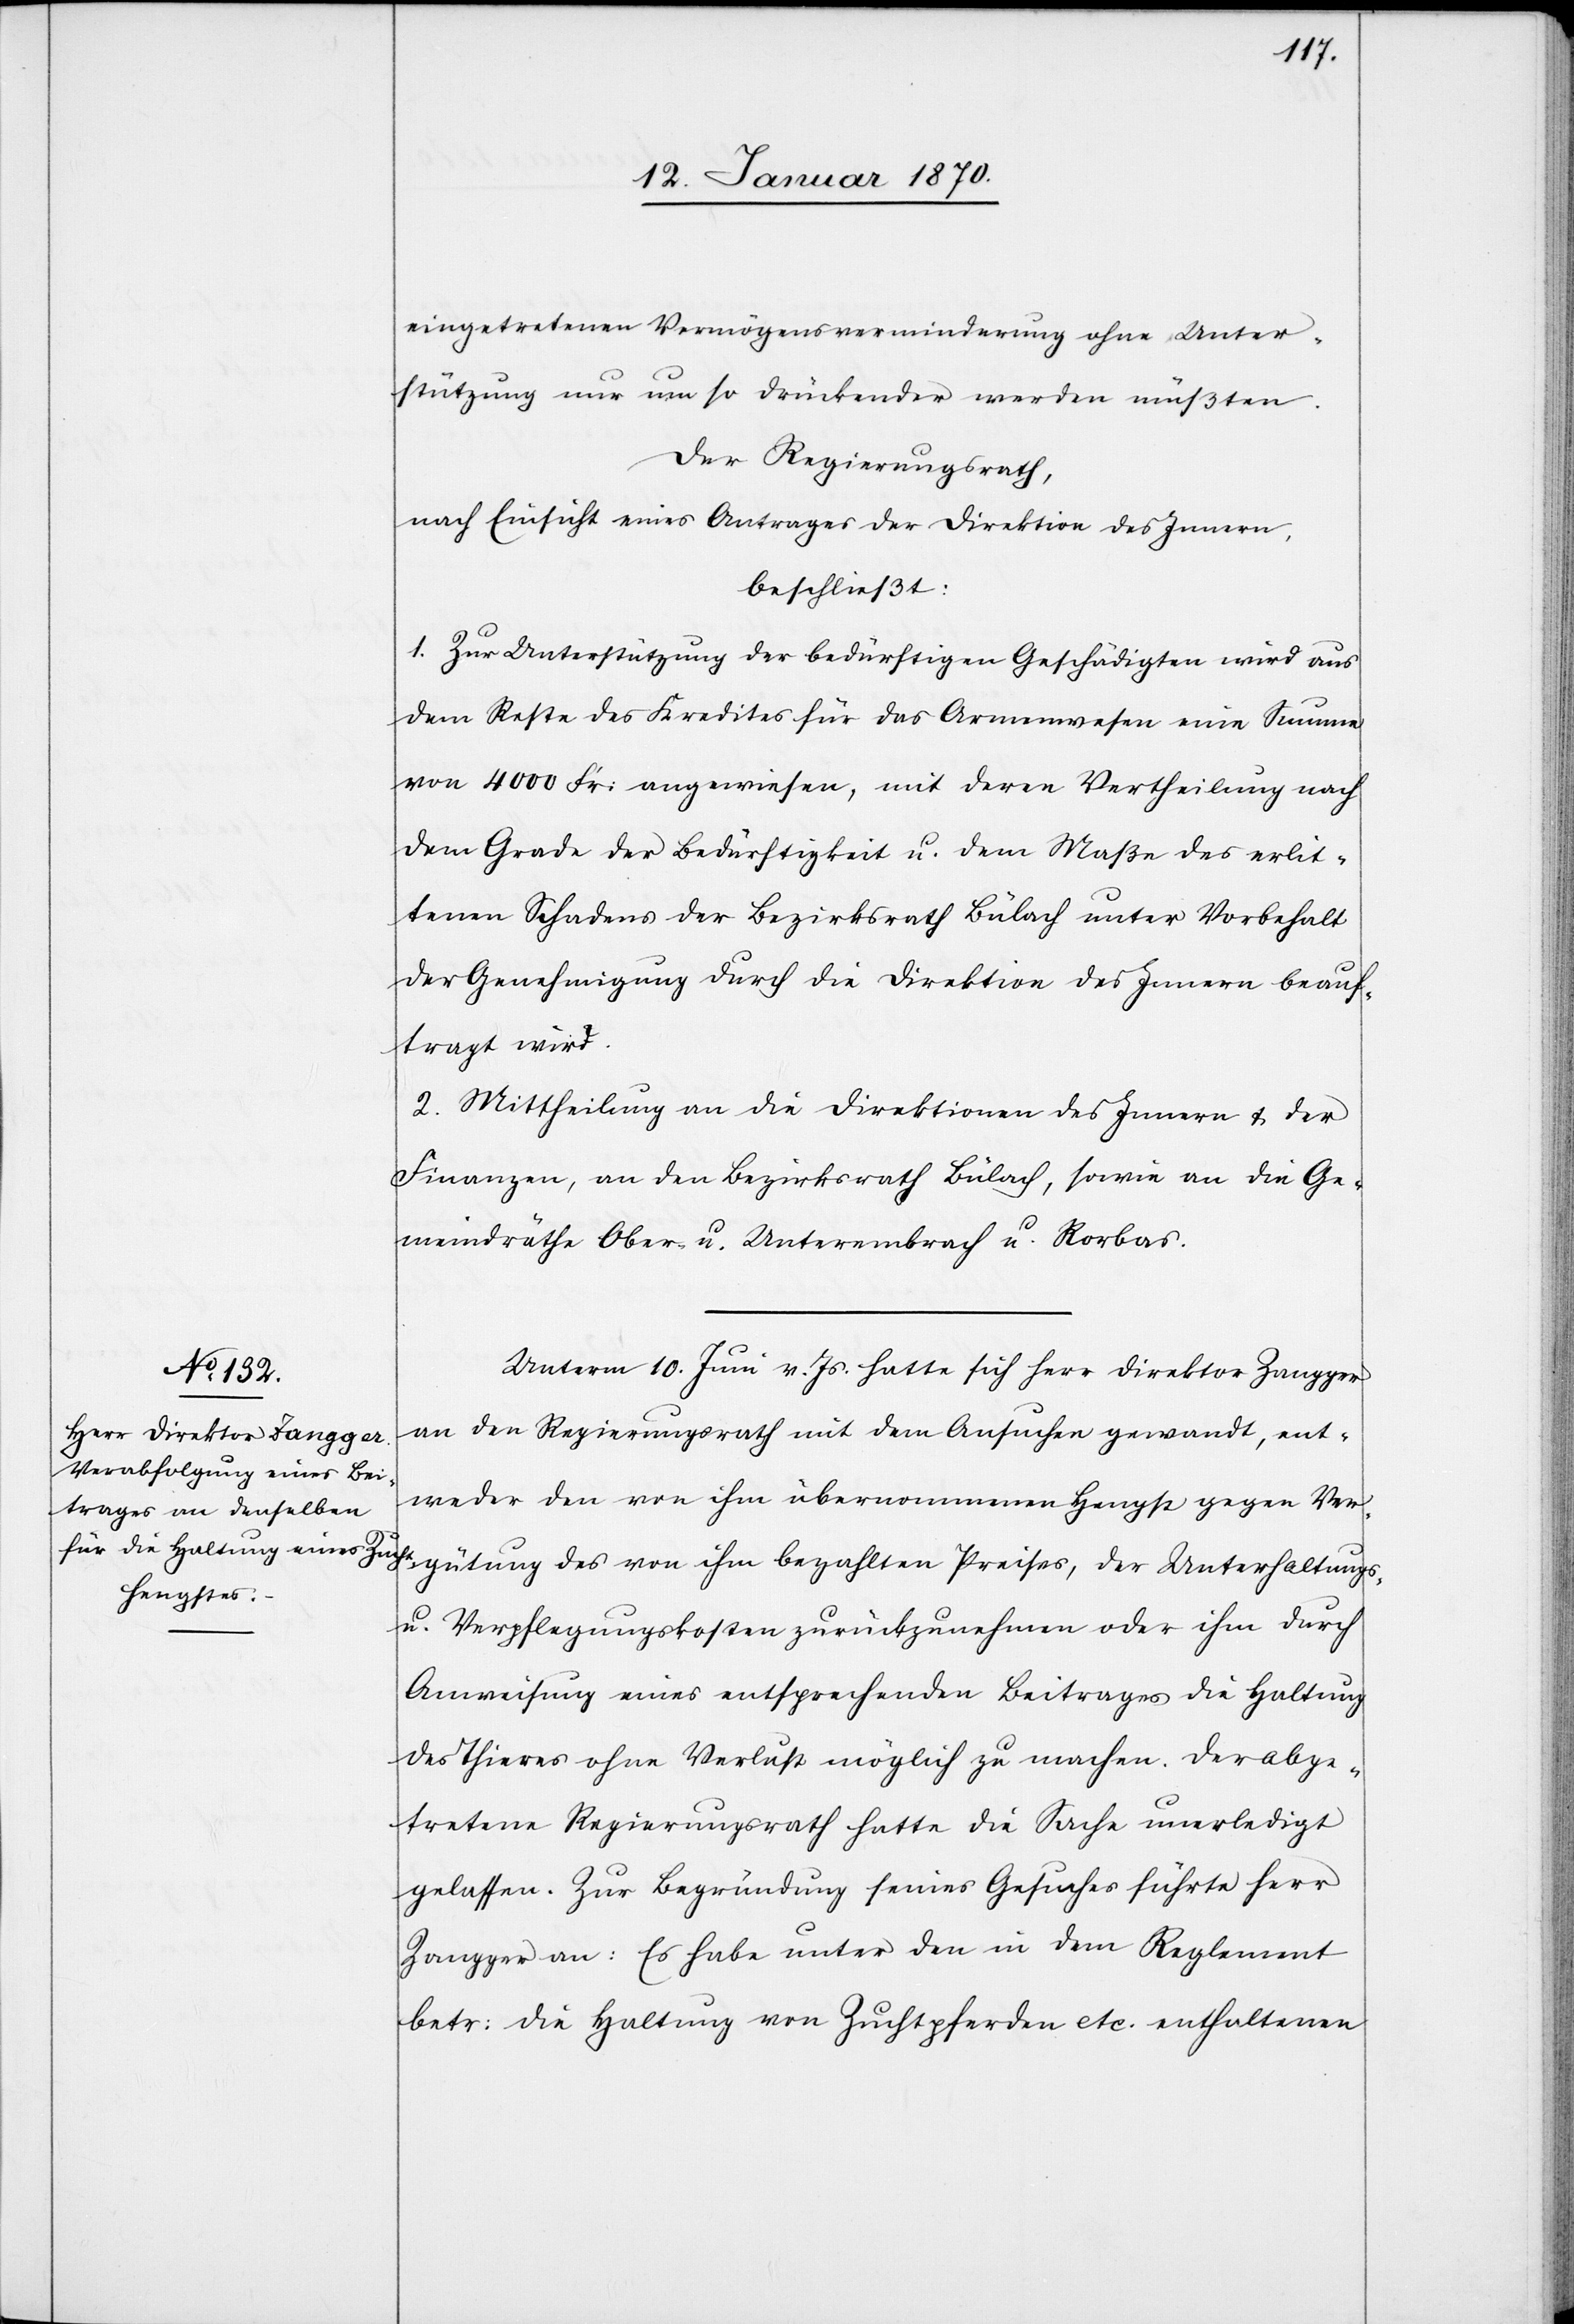
ütung
eingetretenen Vermögensverminderung ohne Unter¬
stützung nur um so drückender werden müßten.
Der Regierungsrath
nach Einsicht eines Antrages der Direktion des Innern
beschließt:
1. Zur Unterstützung der bedürftigen Geschädigten wird aus
dem Reste des Kredites für das Armenwesen eine Summe
von 4000 Fr: angewiesen, mit deren Vertheilung nach
dem Grade der Bedürftigkeit u. dem Maße des erlit¬
tenen Schadens der Bezirksrath Bülach unter Vorbehalt
der Genehmigung durch die Direktion des Innern beauf¬
tragt wird.
2. Mittheilung an die Direktionen des Innern u. der
Finanzen, an den Bezirksrath Bülach, sowie an die Ge¬
meindräthe Ober- u. Unterembrach u. Rorbas.
Unterm 10. Juni v. Js. hatte sich Herr Direktor Zangger
an den Regierungsrath mit dem Ansuchen gewandt, ent¬
weder den von ihm übernommenen Hengst gegen Verg¬
u. Verpflegungskosten zurückzunehmen oder ihm durch
Anweisung eines entsprechenden Beitrages die Haltung
des Thieres ohne Verlust möglich zu machen. Der abge¬
tretene Regierungsrath hatte die Sache unerledigt
gelassen. Zur Begründung seines Gesuches führte Herr
Zangger an: Es habe unter den in dem Reglement
betr: die Haltung von Zuchtpferden etc. enthaltenen